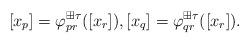
LaTeX: \begin{align*}[x_p] = \varphi_{pr}^{\boxplus\tau}([x_r]),[x_q] = \varphi_{qr}^{\boxplus\tau}([x_r]).\end{align*}